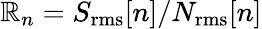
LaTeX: \mathbb{R}_{n}=S_{\mathrm{{rms}}}[n]/N_{\mathrm{{rms}}}[n]